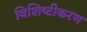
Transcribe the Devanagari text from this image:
विशिष्‍टीकरण